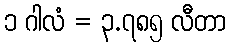
၁ ဂါလံ = ၃.၇၈၅ လီတာ